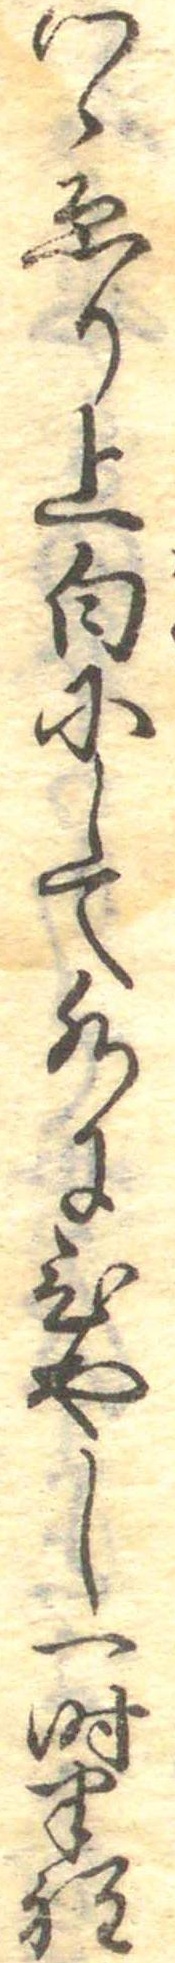
つゝゑり上白にして水にひやし一時半程